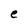
Character: e